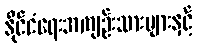
နိုင်ငံရေးအကျဉ်းသားများနှင့်